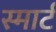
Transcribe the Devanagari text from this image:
स्‍मार्ट